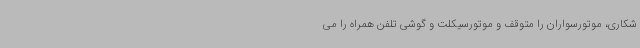
شکاری، موتورسواران را متوقف و موتورسیکلت و گوشی تلفن همراه را می‌